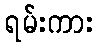
ရမ်းကား